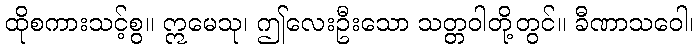
ထိုစကားသင့်စွ။ ဣမေသု၊ ဤလေးဦးသော သတ္တဝါတို့တွင်။ ခီဏာသဝေါ၊